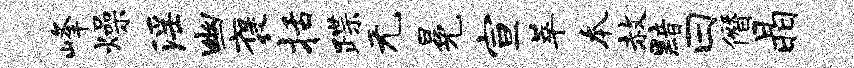
峰燥淫幽褒括蹀无冕宣萃本赦黯曰僭晶